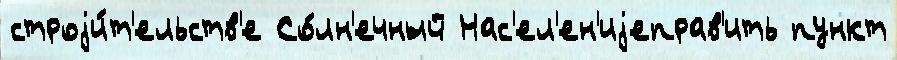
строjи́т'ельств'е Со́лн'ечный Нас'ел'ен'иjеправ'ить пункт